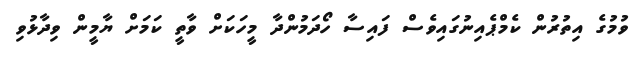
ވުމުގެ އިތުރުން ކެމްޕެއިނުގައިވެސް ފައިސާ ހޯދަމުންދާ މީހަކަށް ވާތީ ކަމަށް ޔާމީން ވިދާޅުވި